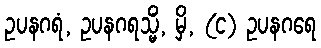
ဥပနဂရံ, ဥပနဂရသ္မိံ, မှိ, (င) ဥပနဂရေ